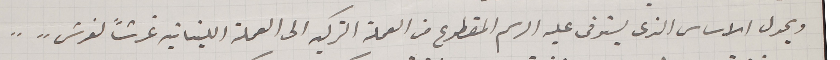
ويحول الاساس الذى يستوفى عليه الرسم المقطوع من العملة التركيه الى العملة اللبنانية غرشاً لغرش"..    ..